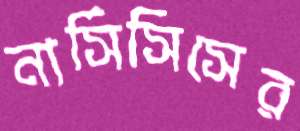
নার্সিসিসের